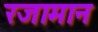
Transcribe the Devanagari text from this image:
रजामान